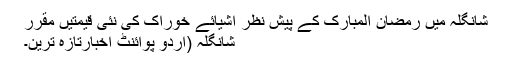
شانگلہ میں رمضان المبارک کے پیش نظر اشیائے خوراک کی نئی قیمتیں مقرر
شانگلہ (اُردو پوائنٹ اخبارتازہ ترین۔